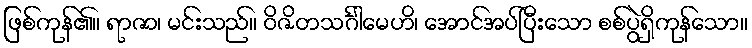
ဖြစ်ကုန်၏။ ရာဇာ၊ မင်းသည်။ ဝိဇိတသင်္ဂါမေဟိ၊ အောင်အပ်ပြီးသော စစ်ပွဲရှိကုန်သော။